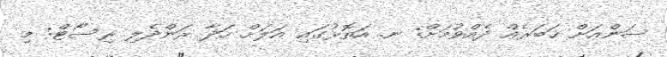
ސަންއަށް ޚަބަރެއް ދެއްވުމަށް: ނ. އަތޮޅުގައި އަލަށް ހަދާ ރަންދެލި ރިސޯޓް: މި